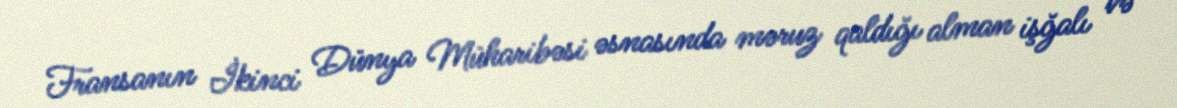
Fransanın İkinci Dünya Müharibəsi əsnasında məruz qaldığı alman işğalı və